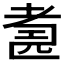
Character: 𱻬